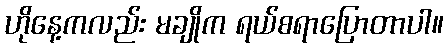
ဟိုနေ့ကလည်း မချိုက ရယ်စရာပြောတာပါ။